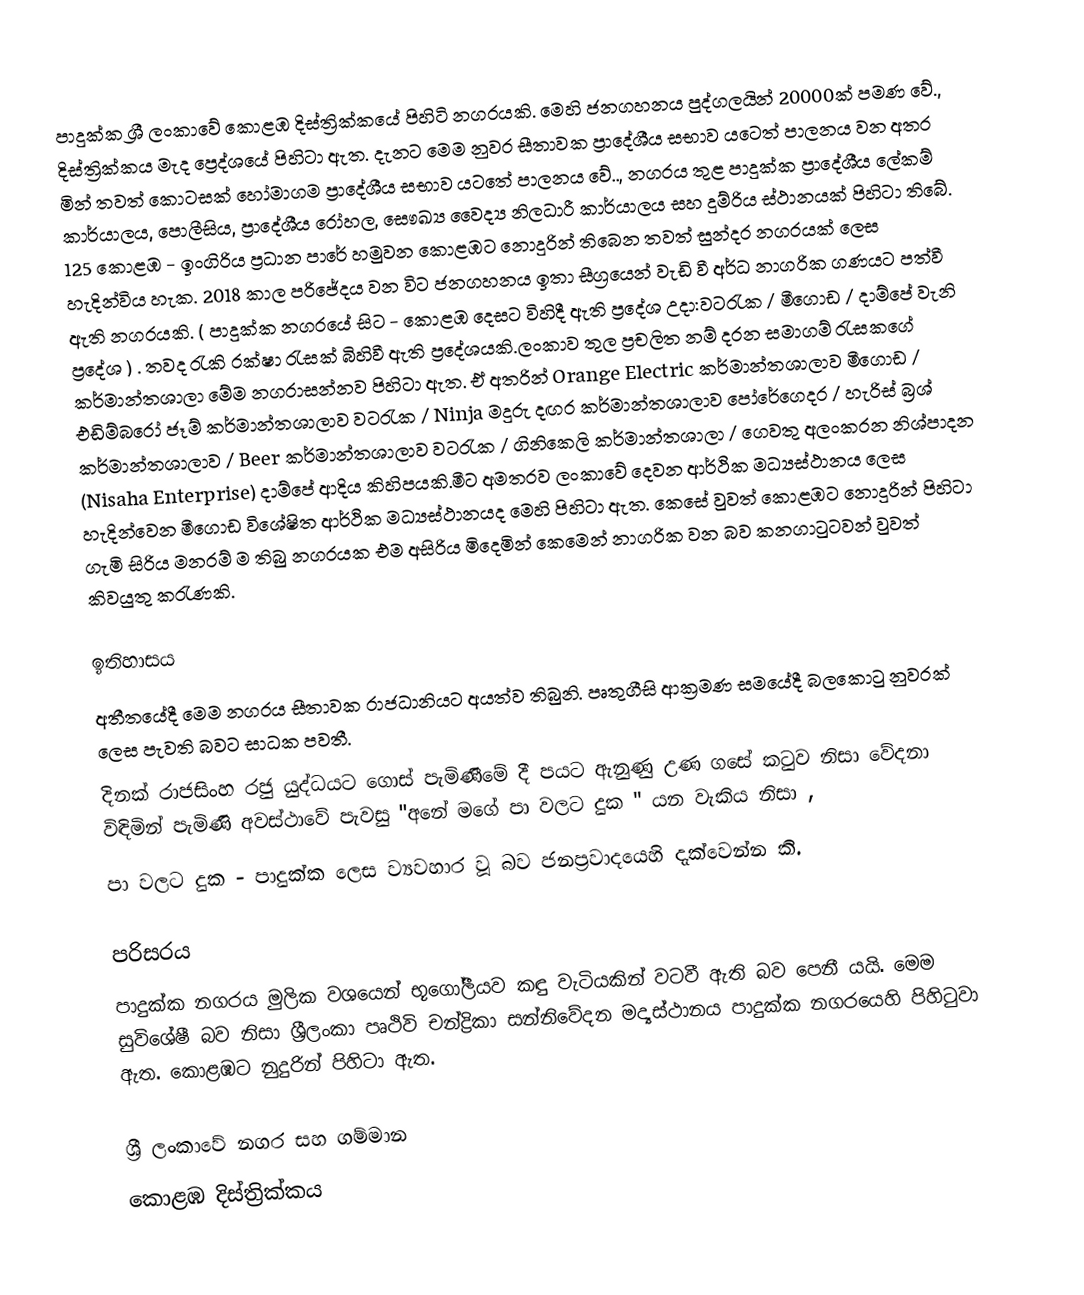
පාදුක්ක ශ්‍රී ලංකාවේ කොළඹ දිස්ත්‍රික්කයේ පිහිටි නග‍රයකි. මෙහි ජනගහනය පුද්ගලයින් 20000ක් පමණ වේ., දිස්ත්‍රික්කය මැද ප්‍රෙද්ශයේ පිහිටා ඇත. දැනට මෙම නුව‍ර සීතාවක ප්‍රාදේශීය සභාව යටෙත් පාලනය වන අත‍ර මින් තවත් කොටසක් හෝමාගම ප්‍රාදේශීය සභාව යටතේ පාලනය වේ.., නගරය තුළ පාදුක්ක ප්‍රාදේශීය ලේකම් කාර්යාලය, පොලීසිය, ප්‍රාදේශීය රෝහල, සෞඛ්‍ය වෛද්‍ය නිලධාරී කාර්යාලය සහ දුම්රිය ස්ථානයක් පිහිටා තිබේ. 125 කොළඹ - ඉංගිරිය ප්‍රධාන පාරේ හමුවන කොළඹට නොදුරින් තිබෙන තවත් සුන්දර නගරයක් ලෙස හැදින්විය හැක. 2018 කාල පරිජේදය වන විට ජනගහනය ඉතා සීග්‍රයෙන් වැඩි වී අර්ධ නාගරික ගණයට පත්වී ඇති නගරයකි. ( පාදුක්ක නගරයේ සිට - කොළඹ දෙසට විහිදී ඇති ප්‍රදේශ උදා:වටරැක / මීගොඩ / දාම්පේ වැනි ප්‍රදේශ ) . තවද රැකි රක්ෂා රැසක් බිහිවී ඇති ප්‍රදේශයකි.ලංකාව තුල ප්‍රචලිත නම් දරන සමාගම් රැසකගේ කර්මාන්තශාලා මේම නගරාසන්නව පිහිටා ඇත. ඒ අතරින් Orange Electric කර්මාන්තශාලාව මීගොඩ / එඩිම්බරෝ ජෑම් කර්මාන්තශාලාව වටරැක / Ninja මදුරු දඟර කර්මාන්තශාලාව පෝරේගෙදර / හැරිස් බ්‍රශ් කර්මාන්තශාලාව / Beer කර්මාන්තශාලාව වටරැක / ගිනිකෙලි කර්මාන්තශාලා / ගෙවතු අලංකරන නිශ්පාදන (Nisaha Enterprise) දාම්පේ ආදිය කිහිපයකි.මීට අමතරව ලංකාවේ දෙවන ආර්ථික මධ්‍යස්ථානය ලෙස හැදින්වෙන මීගොඩ විශේෂිත ආර්ථික මධ්‍යස්ථානයද මෙහි පිහිටා ඇත. කෙසේ වුවත් කොළඹට නොදුරින් පිහිටා ගැමි සිරිය මනරම් ම තිබු නගරයක එම අසිරිය මිදෙමින් කෙමෙන් නාගරික වන බව කනගාටුටවන් වුවත් කිවයුතු කරැණකි.

ඉතිහාසය
අතීතයේදී මෙම නග‍රය සීතාවක රාජධානියට අයත්ව  තිබුනි. පෘතුගීසි ආක්‍රමණ සමයේදී  බලකොටු නුව‍රක් ලෙස පැවති බවට සාධක පවතී.
දිනක් රාජසිංහ රජු යුද්ධයට ගොස් පැමිණීමේ දී පයට ඇනුණු උණ ගසේ  කටුව නිසා වේදනා විඳිමින් පැමිණි අවස්ථාවේ පැවසු  "අනේ මගේ පා වලට දුක " යන වැකිය නිසා ,
පා වලට දුක - පාදුක්ක ලෙස ව්‍යවහාර වූ බව ජනප්‍රවාදයෙහි දැක්වෙන්න කි.

පරිසරය
පාදුක්ක නගරය මුලික වශයෙන් භූගෝලීයව කඳු වැටියකින් වටවී ඇති බව පෙනී යයි. මෙම සුවිශේෂී බව නිසා ශ්‍රීලංකා පෘථිවි චන්ද්‍රිකා සන්නිවේදන මද්‍යස්ථානය පාදුක්ක නගරයෙහි පිහිටුවා ඇත. කොළඹට නුදුරින් පිහිටා ඇත.

ශ්‍රී ලංකාවේ නගර සහ ගම්මාන
කොළඹ දිස්ත්‍රික්කය